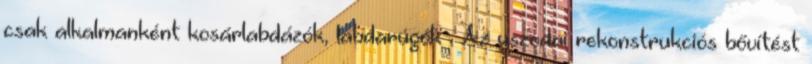
csak alkalmanként kosárlabdázók, labdarúgók . Az uszodai rekonstrukciós bővítést